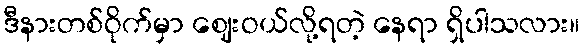
ဒီနားတစ်ဝိုက်မှာ ဈေးဝယ်လို့ရတဲ့ နေရာ ရှိပါသလား။